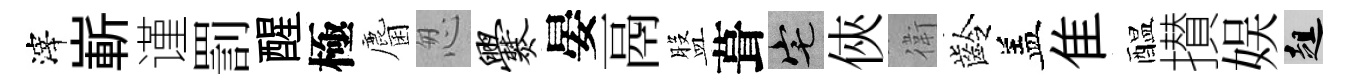
滓嶄谨罰醒極麕怱爨晏鬲盤葺宅俠衛齡盖隹醖攅娱趄